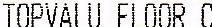
TOPVALU FLOOR C